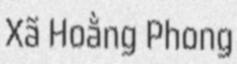
Xã Hoằng Phong